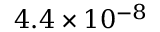
4 . 4 \times 1 0 ^ { - 8 }